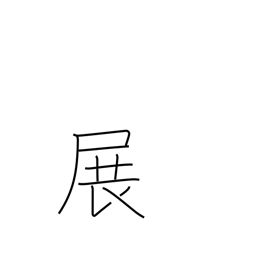
Meaning: unfold